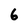
Character: 6